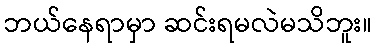
ဘယ်နေရာမှာ ဆင်းရမလဲမသိဘူး။